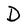
Character: D